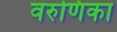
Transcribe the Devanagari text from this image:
वरुणिका